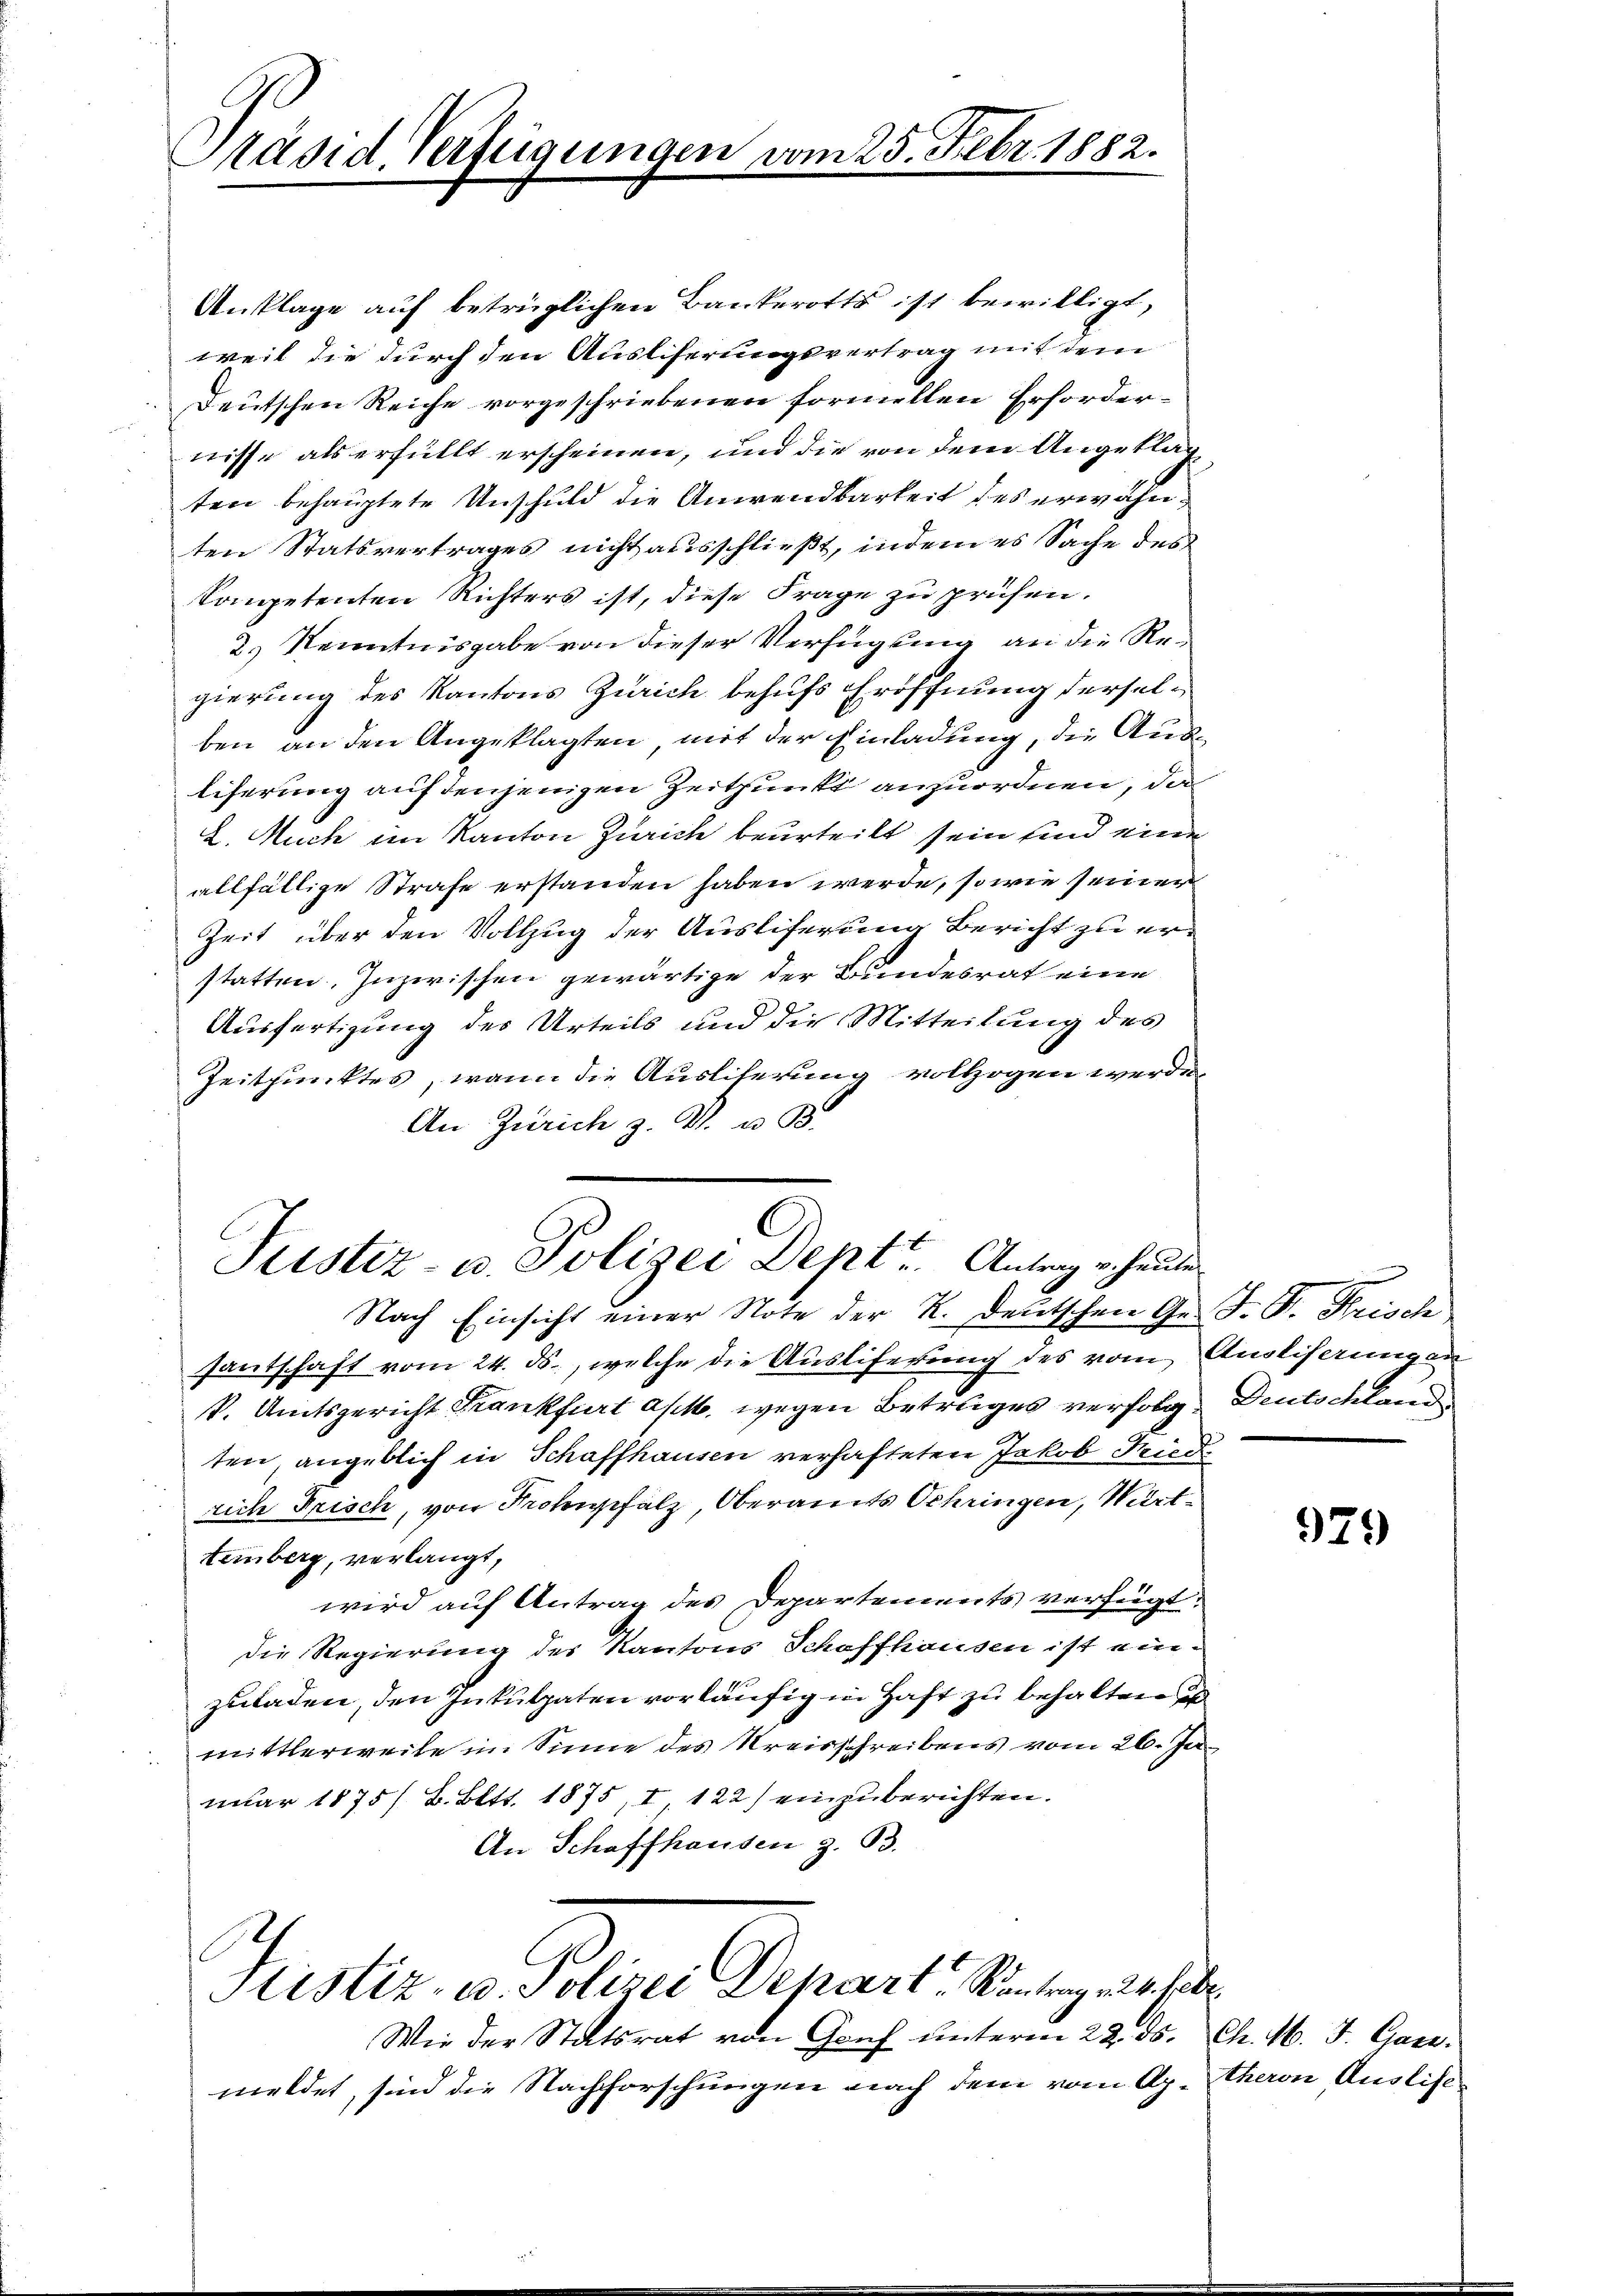
Präsid Verfügungen vom 25. Febr. 1882.

Anklage auf betrüglichen Bankerotts ist bewilligt,
weil die durch den Ausliserungsvertrag mit dem
Deutschen Reiche vorgeschriebenen formellen Erfordernisse als erfüllt erscheinen, und die von dem Angeklagten behauptete Unschuld die Anwendbarkeit des erwähnten Statsvertrages nicht ausschließt, indem es Sache des
kompetenten Richters ist, diese Frage zu prüfen.
2.) Kenntnisgabe von dieser Verfügung an die Regierung des Kantons Zürich behufs Eröffnung derselben an den Angeklagten mit der Einladung, die Ausliferung auf denjenigen Zeitpunkt anzuordnen, das
2. Auch im Kanton Zürich beurteilt sein und eine
allfällige Strafe erstanden haben werde, sowie seiner
Zeit über den Vollzug der Ausliferung Bericht zu erstatten. Inzwischen gewärtige der Bundesrat eine
Ausfertigung des Urteils und die Mitteilung des
Zeitpunktes, wann die Ausliferung vollzogen werde
An Zürich z. B. u. B.

Justiz- u. Polizei Dept Antrag u. heute

Nach Einsicht einer Note der K. Deutschen Gr. J. P. Frisch
santschaft vom 24. ds., welche die Ausliferung des vom Ausliserungen
k. Amtsgericht Frankfurt a/M. wegen Betruges verfolg Deutschland
ten, angeblich in Schaffhausen verhafteten Jakob Ried
rich Frisch, von Prohalz, Oberamts Schringen, Württemberg, verlangt,
wird auf Antrag des Departements verfügt:
die Regierung des Kantons Schaffhausen ist einzuladen, den Inkulpaten vorläufig in Haft zu behalten
mittlerweile im Sinne des Kreisschreibens vom 26. Ja
nuar 1875/ B. Bett. 1875, I 122) einzuberichten.
An Schaffhausen z. B.

Justiz- u. Polizei Depart, Kontrag 24. Febr

Wie der Statsrat von Gant ŭnterm 22. ds. Ch. M. J. Gare.
meldet, sind die Nachforschungen nach dem vom Ap. Theron Auslist¬

979